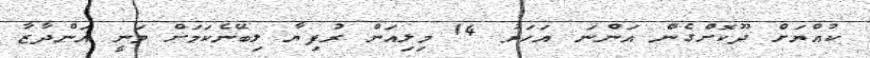
ކުއްޔަށް ދޫކޮށްގެން އަންނަ އަހަރު 14 މިލިއަން ރުފިޔާ ލިބޭނެކަމަށް ވަނީ އަންދާޒާ